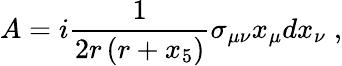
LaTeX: A=i\frac{1}{2r\left(r+x_{5}\right)}\sigma_{\mu\nu}x_{\mu}dx_{\nu}\; ,